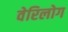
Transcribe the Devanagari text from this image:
वेरिलोग